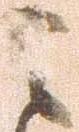
之